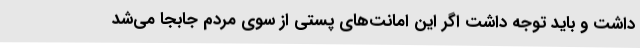
داشت و باید توجه داشت اگر این امانت‌های پستی از سوی مردم جابجا می‌شد